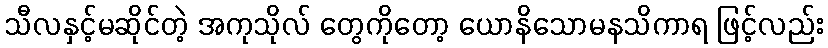
သီလနှင့်မဆိုင်တဲ့ အကုသိုလ် တွေကိုတော့ ယောနိသောမနသိကာရ ဖြင့်လည်း